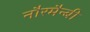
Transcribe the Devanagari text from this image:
नौरमैन्बी